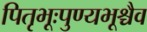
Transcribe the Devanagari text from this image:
पितृभूःपुण्यभूश्चैव